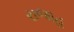
રાજાહ